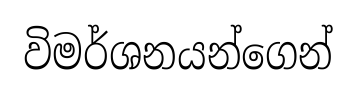
විමර්ශනයන්ගෙන්